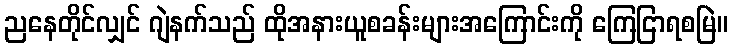
ညနေတိုင်လျှင် ဂျဲနက်သည် ထိုအနားယူစခန်းများအကြောင်းကို ကြေငြာရစမြဲ။